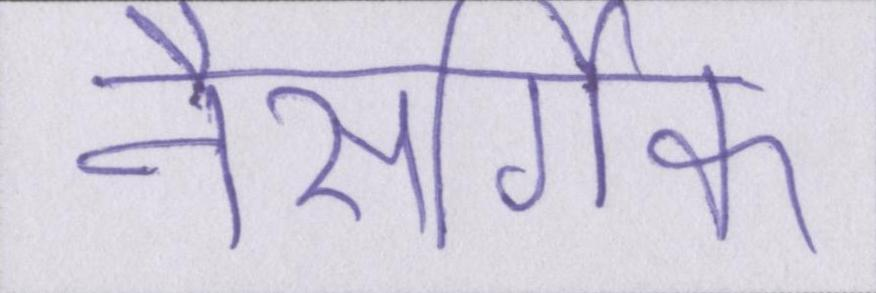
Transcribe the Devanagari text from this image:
नैसर्गिक